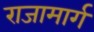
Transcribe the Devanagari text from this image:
राजामार्ग